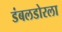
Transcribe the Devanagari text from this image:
डंबलडोरला